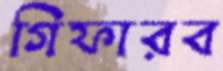
গিফারব